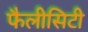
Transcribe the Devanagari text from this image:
फैलीसिटी